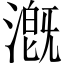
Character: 漑